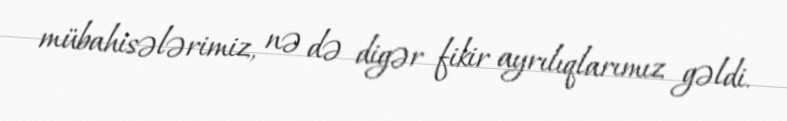
mübahisələrimiz, nə də digər fikir ayrılıqlarımız gəldi.